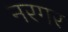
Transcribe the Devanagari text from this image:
नरगर